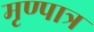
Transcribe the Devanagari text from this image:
मृण्पात्र